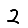
Digit: 2